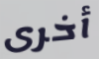
أخرى